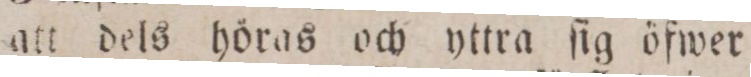
att dels höras och yttra ſig öfwer